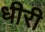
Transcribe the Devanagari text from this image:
धीरी